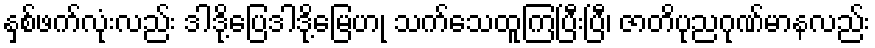
နှစ်ဖက်လုံးလည်း ဒါဒို့ပြေဒါဒို့မြေဟု သက်သေထူကြပြီးပြီ၊ ဇာတိပုညဂုဏ်မာနလည်း